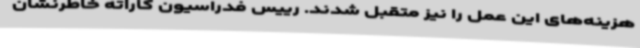
هزینه‌های این عمل را نیز متقبل شدند. رییس فدراسیون کاراته خاطرنشان